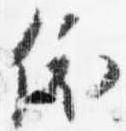
依